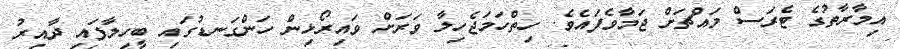
އިމާރާތުގެ ޓެރަސް މައްޗަށް ޖަމާވެފައެވެ. ހިތްހަމަޖެހިލާ ވަރަށް ވައިރޯޅިން ހަންގަނޑުގައި ބީހިލާފައި ދާއިރު